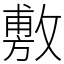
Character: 敷